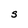
Character: S